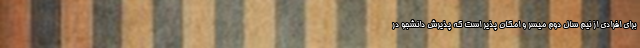
برای افرادی از نیم سال دوم میسر و امکان پذیر است که پذیرش دانشجو در